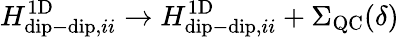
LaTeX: H_{\mathrm{dip-dip},ii}^{\mathrm{1D}}\rightarrow H_{\mathrm{dip-dip},ii}^{\mathrm{1D}}+\Sigma_{\mathrm{QC}}(\delta)